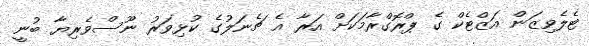
ޓެލެވިޒަން އަޒްޓެކް ގެ ޕްރޮގްރާމަކަށް އަރާ އެ ޗެނަލުގެ ކުޅިވަރު ނޫސްވެރިޔާ ބުނީ